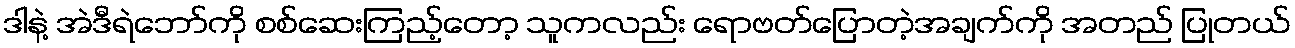
ဒါနဲ့ အဲဒီရဲဘော်ကို စစ်ဆေးကြည့်တော့ သူကလည်း ရောဗတ်ပြောတဲ့အချက်ကို အတည် ပြုတယ်